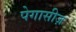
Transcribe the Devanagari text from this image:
पेगासीज़